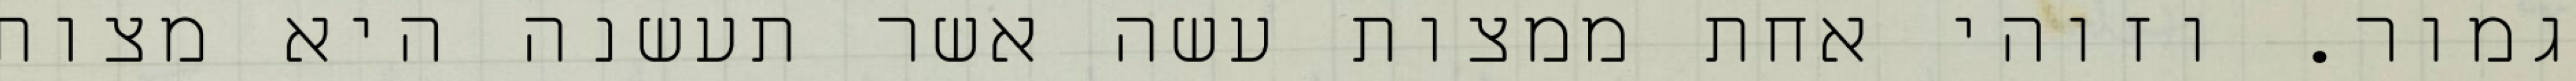
גמור. וזוהי אחת ממצות עשה אשר תעשנה היא מצות